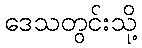
ဒေသတွင်းသို့